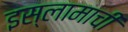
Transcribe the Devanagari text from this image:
इस्लामाची